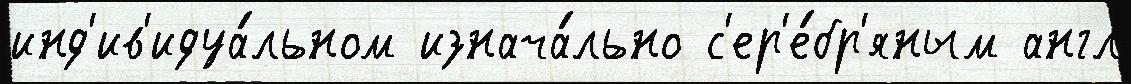
инд'ив'идуа́льном изнача́льно с'ер'е́бр'яным англ